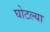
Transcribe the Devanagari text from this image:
घोटल्या